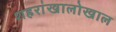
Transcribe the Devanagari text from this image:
शहरांखालोखाल